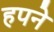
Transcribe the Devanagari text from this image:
हपने